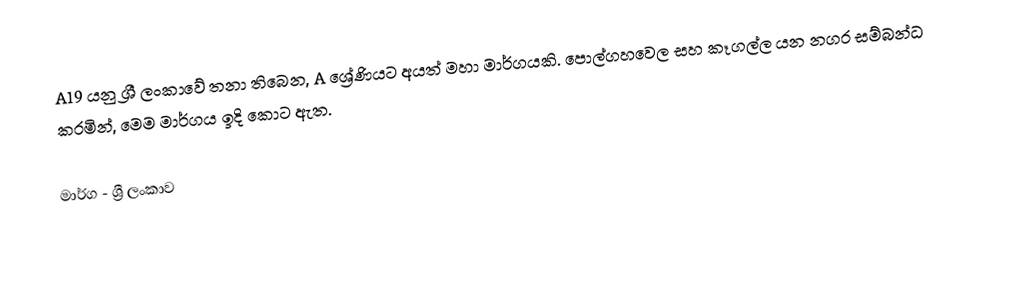
A19 යනු ශ්‍රී ලංකාවේ තනා තිබෙන, A ශ්‍රේණියට අයත් මහා මාර්ගයකි. පොල්ගහවෙල සහ කෑගල්ල යන නගර සම්බන්ධ කරමින්, මෙම මාර්ගය ඉදි කොට ඇත.

මාර්ග - ශ්‍රී ලංකාව